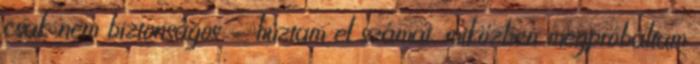
csak nem biztonságos - húztam el számat, miközben megpróbáltam